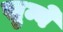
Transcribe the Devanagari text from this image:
सुम्बे